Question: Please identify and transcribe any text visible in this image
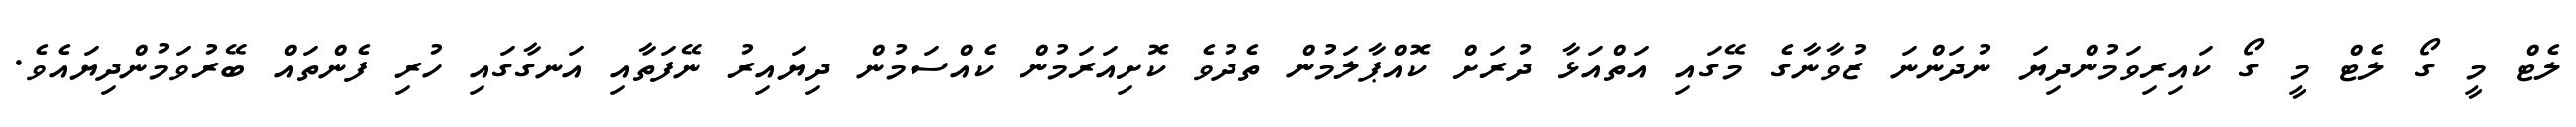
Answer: ލެޓް މީ ގޯ ލެޓް މީ ގޯ ކައިރިވަމުންދިޔަ ނުދަންނަ ޒުވާނާގެ މޭގައި އަތްއަޅާ ދުރަށް ކޮއްޕާލަމުން ތެދުވެ ކޮށިއަރަމުން ކެއްސަމުން ދިޔައިރު ނޭފަތާއި އަނގާގައި ހުރި ފެންތައް ބޭރުވަމުންދިޔައެވެ.